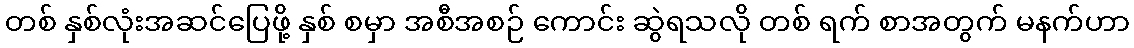
တစ် နှစ်လုံးအဆင်ပြေဖို့ နှစ် စမှာ အစီအစဉ် ကောင်း ဆွဲရသလို တစ် ရက် စာအတွက် မနက်ဟာ